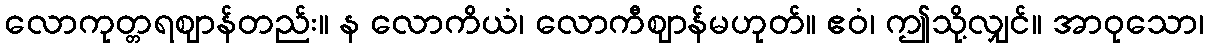
လောကုတ္တရဈာန်တည်း။ န လောကိယံ၊ လောကီဈာန်မဟုတ်။ ဧဝံ၊ ဤသို့လျှင်။ အာဝုသော၊